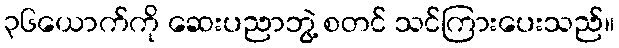
၃၆ယောက်ကို ဆေးပညာဘွဲ့ စတင် သင်ကြားပေးသည်။